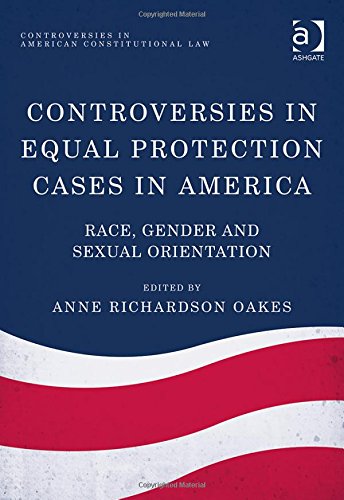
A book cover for Controversies in Equal Protection Cases in America: Race, Gender and Sexual Orientation (Controversies in American Constitutional Law); Anne Richardson Oakes; Law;